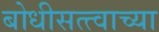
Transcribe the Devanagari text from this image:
बोधीसत्त्वाच्या